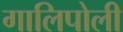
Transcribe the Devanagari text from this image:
गालिपोली